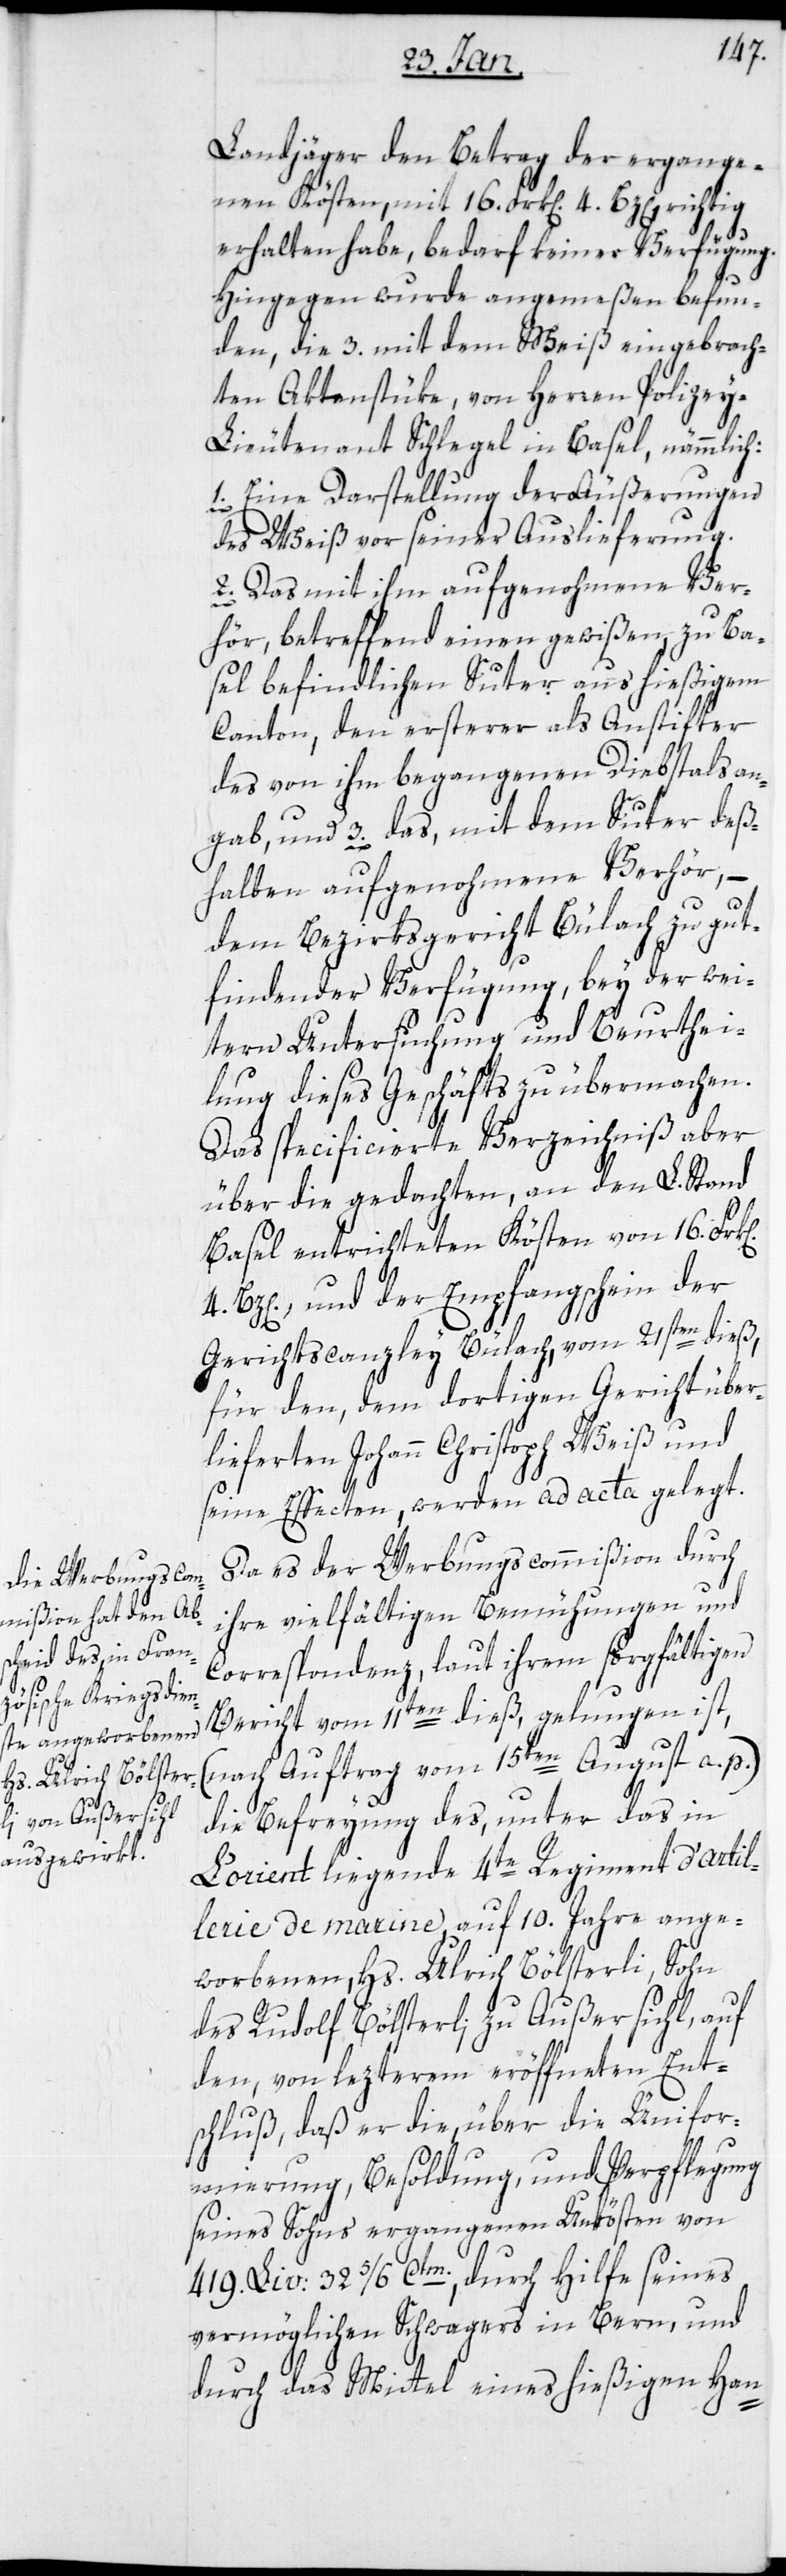
Landjäger den Betrag der ergange¬
nen Kösten, mit 16. Frk[en]. 4. Bz[en].
erhalten habe, bedarf keiner Verfügung.
Hingegen wurde angemeßen befun¬
den, die 3. mit dem Weiß eingebrach¬
ten Aktenstüke, von Herrn Polize¬
y-Lieutenant Schlegel in Basel, nämmlich:
1. Eine Darstellung der Äußerungen
des Weiß vor seiner Auslieferung.
2. Das mit ihm aufgenohmene Ver¬
hör, betreffend einen gewißen, zu Ba¬
sel befindlichen Suter aus hießigem
Canton, der ersterer als Anstifter
des von ihm begangenen Diebstals an¬
gab, und 3. das, mit dem Suter deß¬
halben aufgenohmene Verhör, –
dem Bezirksgericht Bülach zu gut¬
findender Verfügung, bey der wei¬
tern Untersuchung und Beurthei¬
lung dieses Geschäfts zu übermachen.
Das specificierte Verzeichniß aber
über die gedachten, an den L. Stand
Basel entrichteten Kösten von 16. Frk[e¬
Bz[en]., und der Empfangsschein der
Gerichtscanzley Bülach, vom 21sten dieß,
für den, dem dortigen Gericht über¬
lieferten Johann Christoph Weiß und
seine Effecten, werden ad acta gelegt.
Da es der Werbungscommißion durch
ihre vielfältigen Bemühungen und
Correspondenz, laut ihrem sorgfältigen
Bericht vom 11ten dieß, gelungen ist,
(nach Auftrag vom 15ten August a. p.)
die Befreyung des, unter das in
L’orient liegende 4te Regiment d’artil¬
lerie de marine, auf 10. Jahre ange¬
worbenen, Hs. Ulrich Bölsterli, Sohn
des Rudolf Bölsterli zu Außersihl, auf
den, von lezterem eröffneten Ent¬
schluß, daß er die, über die Unifor¬
mierung, Besoldung und Verpflegung
seines Sohns ergangenen Unkösten von
419. Liv: 3 5/6 Ctm., durch Hilfe seines
vermöglichen Schwagers in Bern, und
durch das Mittel eines hießigen Han-
4.